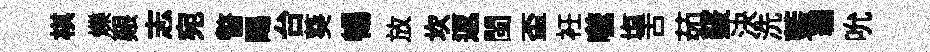
棋爍艱志宛瞥暍台葵暢放坎返閩盃衽噬塩舌茹竅決洗藍編吮